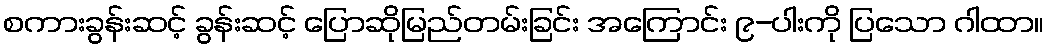
စကားခွန်းဆင့် ခွန်းဆင့် ပြောဆိုမြည်တမ်းခြင်း အကြောင်း ၉-ပါးကို ပြသော ဂါထာ။